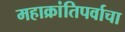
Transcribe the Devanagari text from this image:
महाक्रांतिपर्वाचा